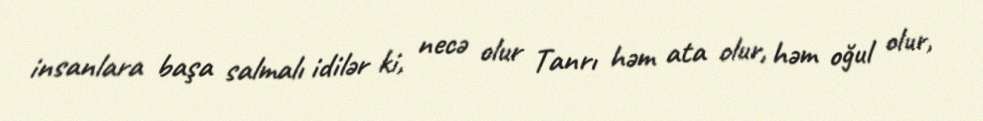
insanlara başa salmalı idilər ki, necə olur Tanrı həm ata olur, həm oğul olur,